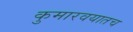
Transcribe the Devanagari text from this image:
कुमारवयातच